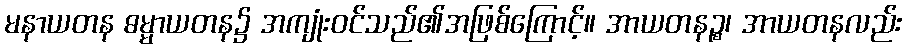
မနာယတန ဓမ္မာယတန၌ အကျုံးဝင်သည်၏အဖြစ်ကြောင့်။ အာယတနဉ္စ၊ အာယတနလည်း